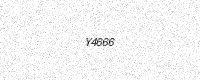
Text: Y4666